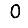
Digit: 0